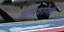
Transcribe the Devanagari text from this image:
मानवतेशी